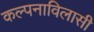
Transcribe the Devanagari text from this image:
कल्पनाविलासी